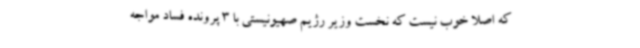
که اصلا خوب نیست که نخست وزیر رژیم صهیونیستی با 3 پرونده فساد مواجه